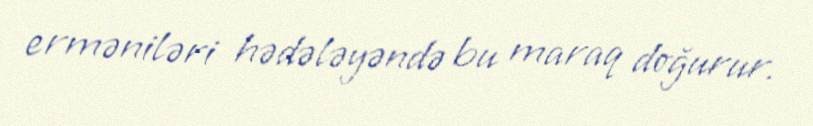
erməniləri hədələyəndə bu maraq doğurur.